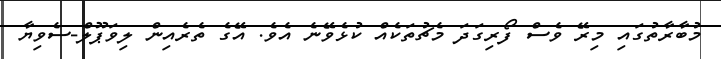
މުބާރާތުގައި މިރޭ ވެސް ފޯރިގަދަ މެޗުތަކެއް ކުޅެވޭނެ އެވެ. އޭގެ ތެރެއިން ލިވަޕޫލް-ސެވިޔާ